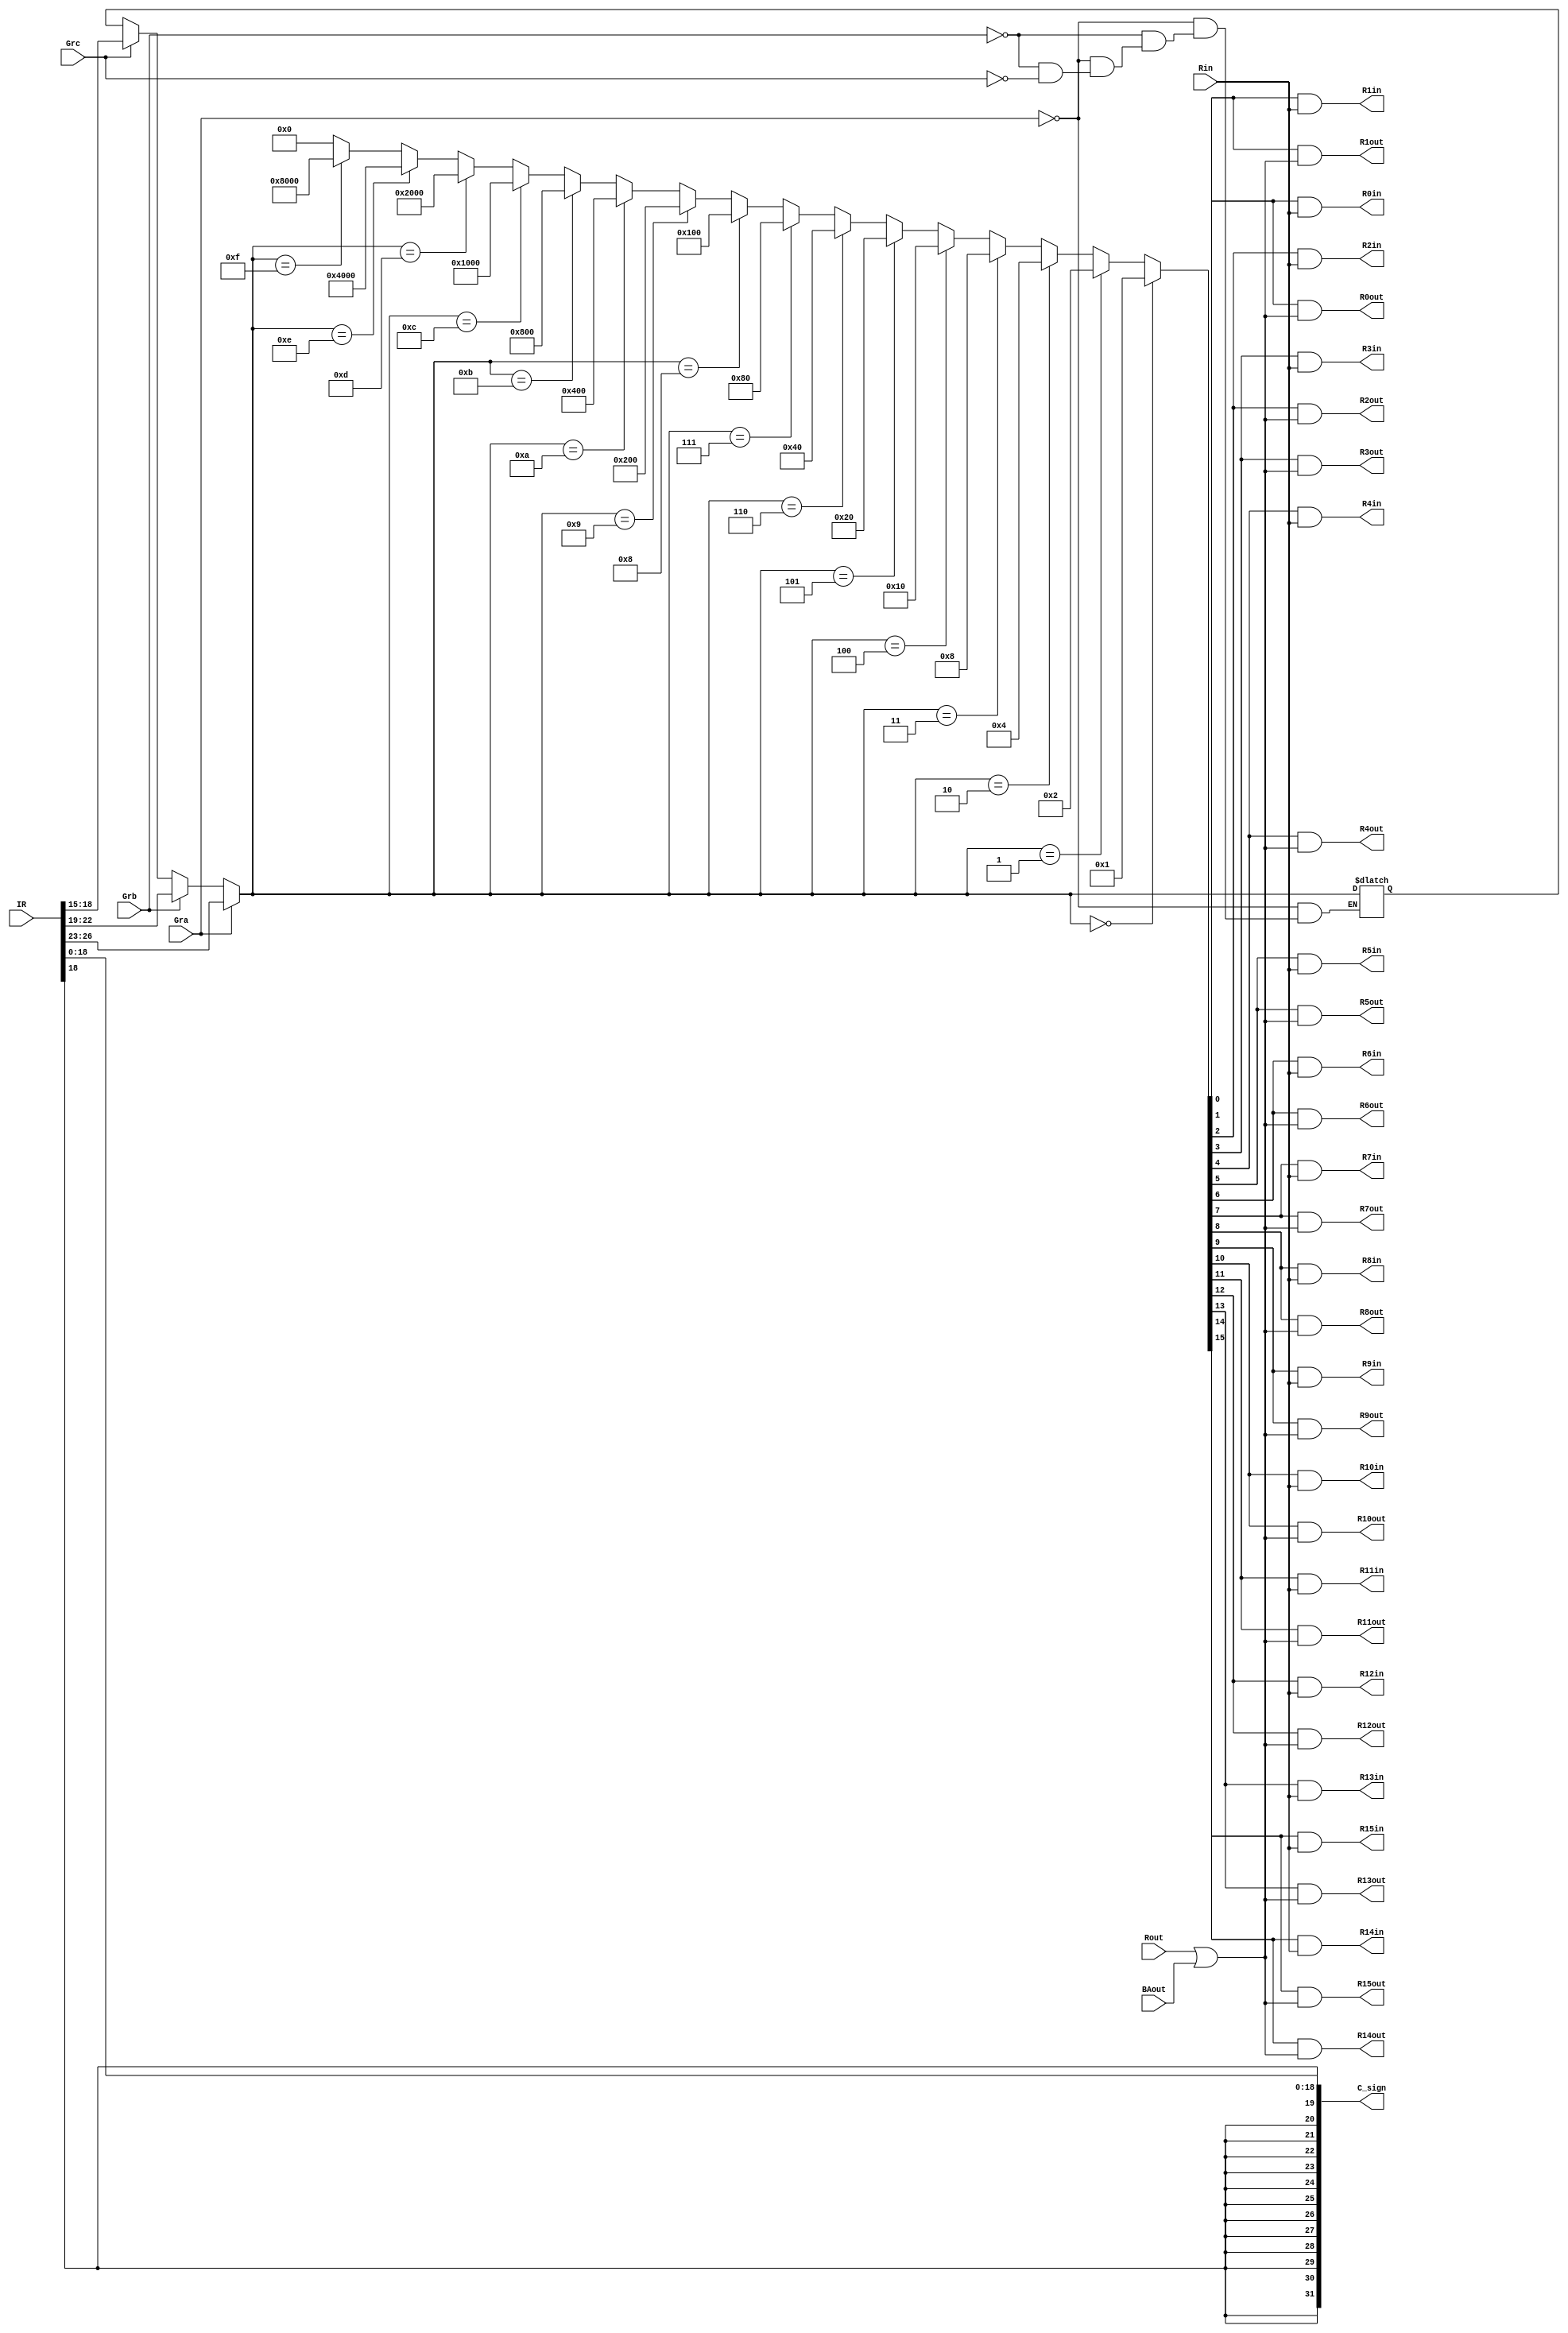
module SelectEncode(
    input [31:0] IR,
    input Gra, Grb, Grc, Rin, Rout, BAout,
    output [31:0] C_sign,
    output R0in, R1in, R2in, R3in, R4in, R5in, R6in, R7in, R8in, R9in, R10in, R11in, R12in, R13in, R14in, R15in,
    output R0out, R1out, R2out, R3out, R4out, R5out, R6out, R7out, R8out, R9out, R10out, R11out, R12out, R13out, R14out, R15out
);

//have two outputs instead
reg [3:0] OpCode, Ra, Rb, Rc;
reg [3:0] DecoderInput;
reg [15:0] DecoderOutput;
reg [15:0] Out;
reg [31:0] C_sign_extended;
reg [15:0] In;
reg temp;
integer i;



always @ (*) begin
	// Gra or Grb or Grc
	 OpCode = IR[31:27];
	 Ra = IR[26:23];
	 Rb = IR[22:19];
	 Rc = IR[18:15];

    if(Gra == 1) begin //Add
        DecoderInput = Ra;
	 end
    else if(Grb == 1) begin //Sub
        DecoderInput = Rb;
	 end
    else if(Grc == 1) begin //Shift Right
        DecoderInput = Rc;
	 end

    if(DecoderInput == 4'b0000) begin
        DecoderOutput = 16'b0000000000000001;
    end
    else if(DecoderInput == 4'b0001) begin
        DecoderOutput = 16'b0000000000000010;
    end
    else if(DecoderInput == 4'b0010) begin
        DecoderOutput = 16'b0000000000000100;
    end
    else if(DecoderInput == 4'b0011) begin
        DecoderOutput = 16'b0000000000001000;
    end
    else if(DecoderInput == 4'b0100) begin
        DecoderOutput = 16'b0000000000010000;
    end
    else if(DecoderInput == 4'b0101) begin
        DecoderOutput = 16'b0000000000100000;
    end
    else if(DecoderInput == 4'b0110) begin
        DecoderOutput = 16'b0000000001000000;
    end
    else if(DecoderInput == 4'b0111) begin
        DecoderOutput = 16'b0000000010000000;
    end
    else if(DecoderInput == 4'b1000) begin
        DecoderOutput = 16'b0000000100000000;
    end
    else if(DecoderInput == 4'b1001) begin
        DecoderOutput = 16'b0000001000000000;
    end
    else if(DecoderInput == 4'b1010) begin
        DecoderOutput = 16'b0000010000000000;
    end
    else if(DecoderInput == 4'b1011) begin
        DecoderOutput = 16'b0000100000000000;
    end
    else if(DecoderInput == 4'b1100) begin
        DecoderOutput = 16'b0001000000000000;
    end
    else if(DecoderInput == 4'b1101) begin
        DecoderOutput = 16'b0010000000000000;
    end
    else if(DecoderInput == 4'b1110) begin
        DecoderOutput = 16'b0100000000000000;
    end
    else if(DecoderInput == 4'b1111) begin
        DecoderOutput = 16'b1000000000000000;
    end
	 else begin 
		DecoderOutput = 16'b0000000000000000;
	 end 
    for (i = 0 ; i < 16 ; i = i + 1)
        In[i] = DecoderOutput[i] & Rin;
	 temp = Rout | BAout;
    for (i = 0 ; i < 16 ; i = i + 1)
        Out[i] = DecoderOutput[i] & temp;
    C_sign_extended = {{13{IR[18]}}, {IR[18:0]}};
	 
end
assign {R15in, R14in, R13in, R12in, R11in, R10in, R9in, R8in, R7in, R6in, R5in, R4in, R3in, R2in, R1in, R0in} = In;
assign {R15out, R14out, R13out, R12out, R11out, R10out, R9out, R8out, R7out, R6out, R5out, R4out, R3out, R2out, R1out, R0out} = Out;
assign C_sign = C_sign_extended;

endmodule